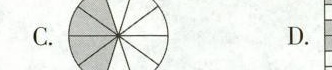
C. D.